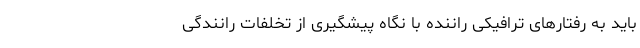
باید به رفتار‌های ترافیکی راننده با نگاه پیشگیری از تخلفات رانندگی